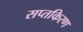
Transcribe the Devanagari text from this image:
सप्तकिरण